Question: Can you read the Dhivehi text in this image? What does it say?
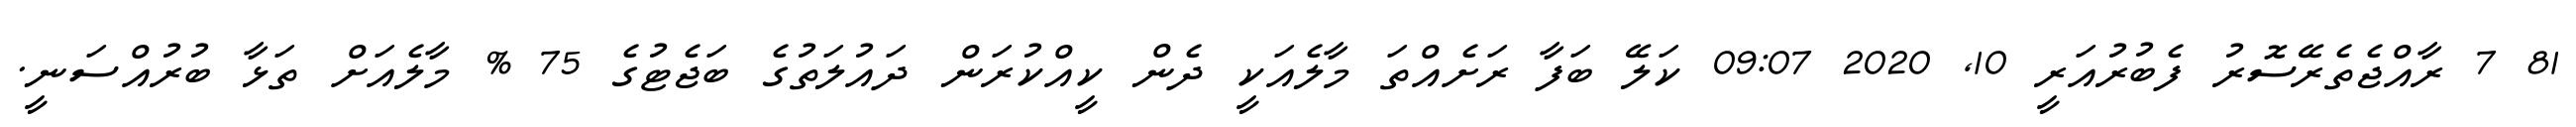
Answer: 81 7 ރާއްޖެތެރޭސޮރު ފެބުރުއަރީ 10, 2020 09:07 ކަލޭ ބަފާ ރަށެއްތަ މާލެއަކީ ދެން ކީއްކުރަން ދައުލަތުގެ ބަޖެޓުގެ 75 % މާލެއަށް ތަޅާ ބުރުއްސަނީ.